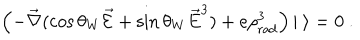
\left( - \vec { \nabla } ( \cos \theta _ { W } \vec { \cal E } + \sin \theta _ { W } \vec { E } ^ { 3 } ) + e \rho _ { \mathrm { r a d } } ^ { 3 } \right) | \ \rangle = 0 \ .